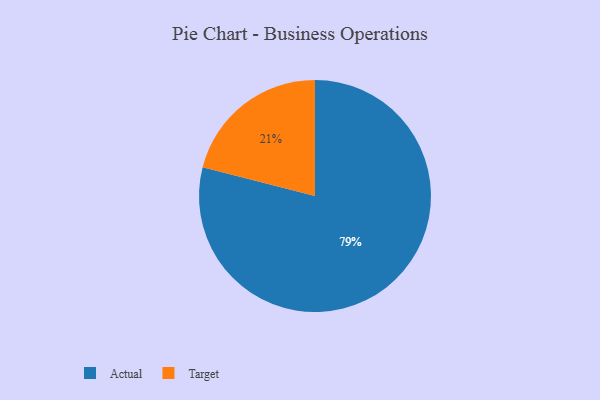
{"axis": {"x": "Category", "y": "Percentage"}, "legend": ["Actual", "Target"], "data": [{"x": "Actual", "y": 79, "type": "Actual"}, {"x": "Target", "y": 21, "type": "Target"}]}